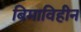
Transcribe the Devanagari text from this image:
बिमाविहीन